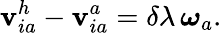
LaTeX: {\mathbf v}_{ia}^{h}-{\mathbf v}_{ia}^{a}=\delta\lambda\, {\boldsymbol{\omega}}_{a}.